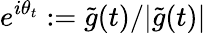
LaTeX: e^{i\theta_{t}}:=\tilde{g}(t)/|\tilde{g}(t)|